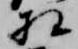
相